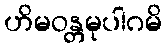
ဟိမဝန္တမုပါဂမိ